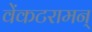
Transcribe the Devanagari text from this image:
वेंकटरामन्